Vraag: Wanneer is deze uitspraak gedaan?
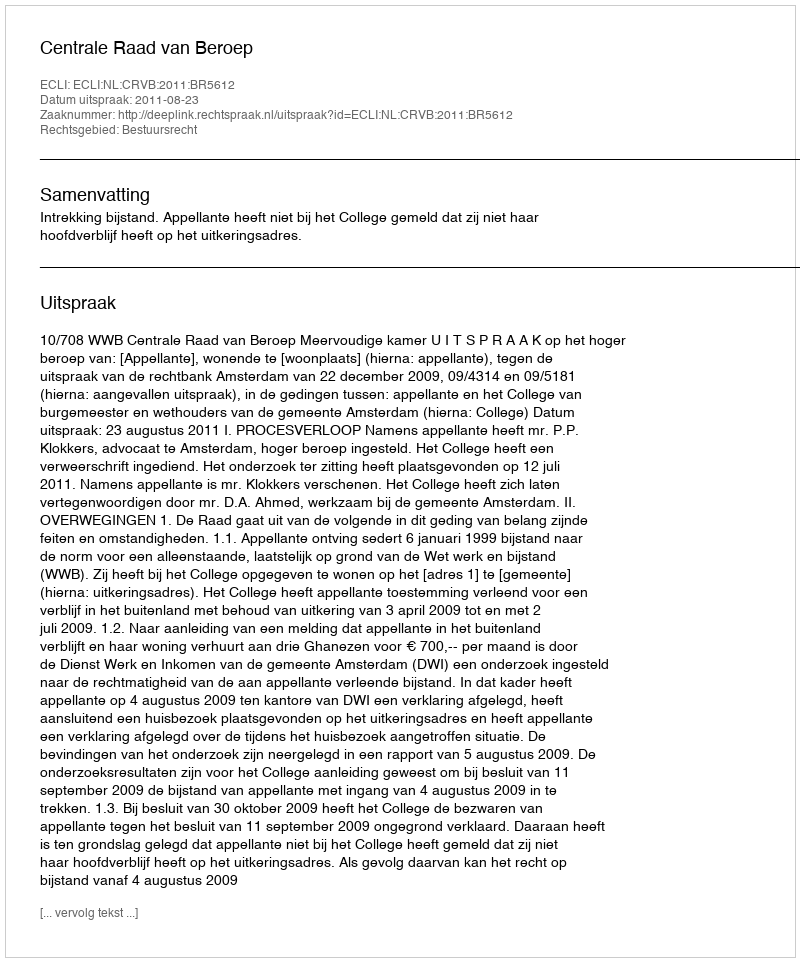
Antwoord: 2011-08-23